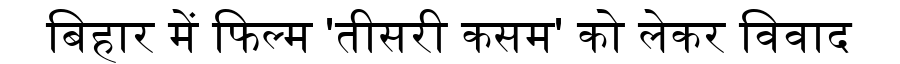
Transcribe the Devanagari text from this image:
बिहार में फिल्म 'तीसरी कसम' को लेकर विवाद